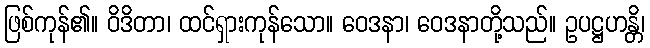
ဖြစ်ကုန်၏။ ဝိဒိတာ၊ ထင်ရှားကုန်သော။ ဝေဒနာ၊ ဝေဒနာတို့သည်။ ဥပဋ္ဌဟန္တိ၊